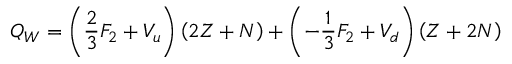
Q _ { W } = \left( \frac { 2 } { 3 } F _ { 2 } + V _ { u } \right) \left( 2 Z + N \right) + \left( - \frac { 1 } { 3 } F _ { 2 } + V _ { d } \right) \left( Z + 2 N \right) \,